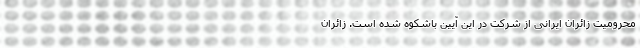
محرومیت زائران ایرانی از شرکت در این آیین باشکوه شده است. زائران